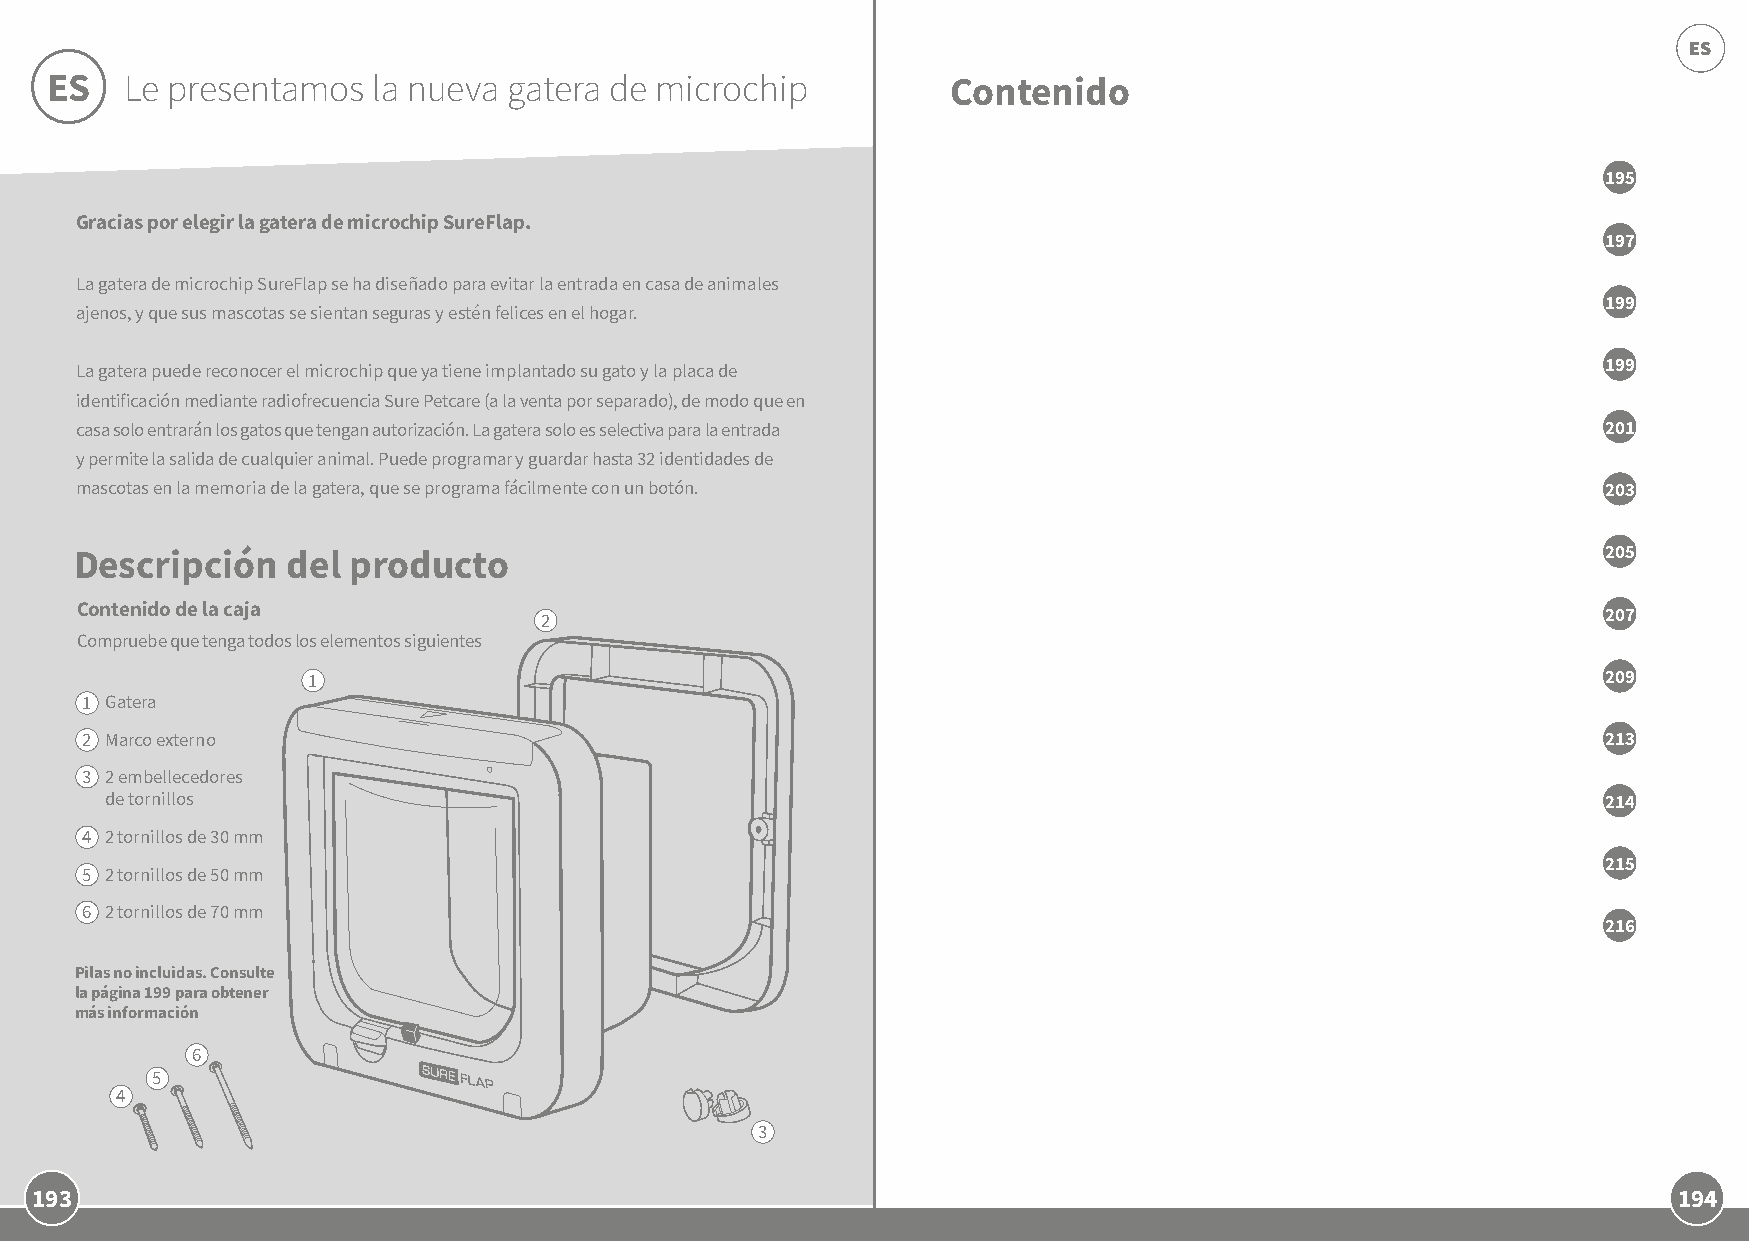
ES
 ES   Le presentamos   la nueva gatera de microchip          Contenido
 195
 Gracias por elegir la gatera de microchip SureFlap.
 197
 La gatera de microchip SureFlap se ha diseñado para evitar la entrada en casa de animales
 199
 ajenos, y que sus mascotas se sientan seguras y estén felices en el hogar.
 La gatera puede reconocer el microchip que ya tiene implantado su gato y la placa de                 199
 identificación mediante radiofrecuencia Sure Petcare (a la venta por separado), de modo que en
 casa solo entrarán los gatos que tengan autorización. La gatera solo es selectiva para la entrada    201
 y permite la salida de cualquier animal. Puede programar y guardar hasta 32 identidades de
 mascotas en la memoria de la gatera, que se programa fácilmente con un botón.                        203
 Descripción   del producto                                                                           205
 Contenido de la caja           2                                                                     207
 Compruebe que tenga todos los elementos siguientes
 1                                                                                     209
 1 Gatera
 2 Marco externo                                                                                      213
 3 2 embellecedores
 de tornillos                                                                                       214
 4 2 tornillos de 30 mm
 215
 5 2 tornillos de 50 mm
 6 2 tornillos de 70 mm
 216
 Pilas no incluidas. Consulte
 la página 199 para obtener
 más información
 6
 5
 4
 3
 193                                                                                                          194